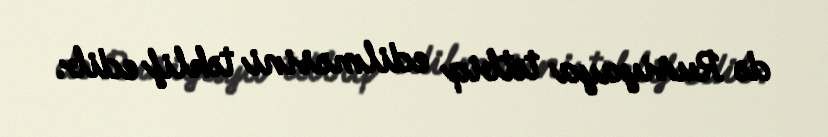
də Rusiyaya tətbiq edilməsini təklif edib.